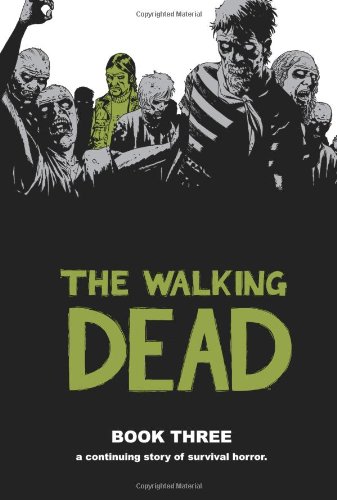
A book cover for The Walking Dead, Book 3; Robert Kirkman; Comics & Graphic Novels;